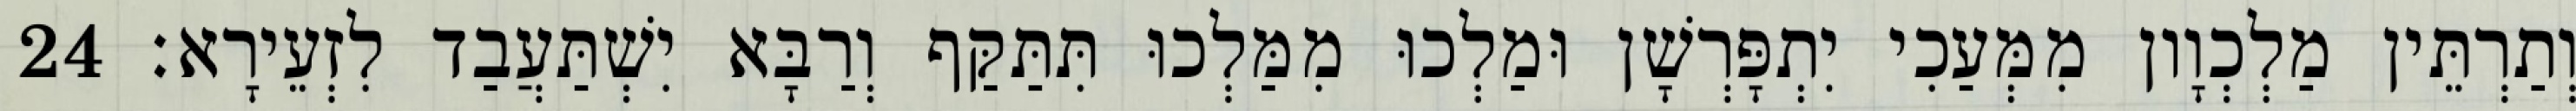
וְתַרְתֵּין מַלְכְוָון מִמְּעַכִי יִתְפָּרְשָׁן וּמַלְכוּ מִמַּלְכוּ תִּתַּקַּף וְרַבָּא יִשְׁתַּעֲבַד לִזְעֵירָא׃ 24